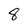
Character: 8